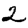
Digit: 2